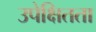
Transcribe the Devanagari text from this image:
उपेक्षितता